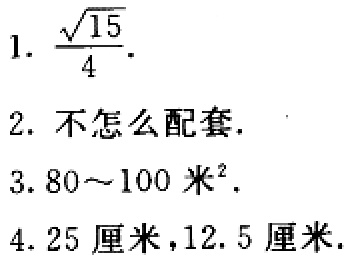
1. $\frac{\sqrt{15}}{4}$.

2. 不怎么配套.

3. $80\sim100\ 米^{2}$.

4. 25 厘米,12.5 厘米.